Vaccine operations Central Provinces 1900-1911 - 1900-1911
Year: 1900
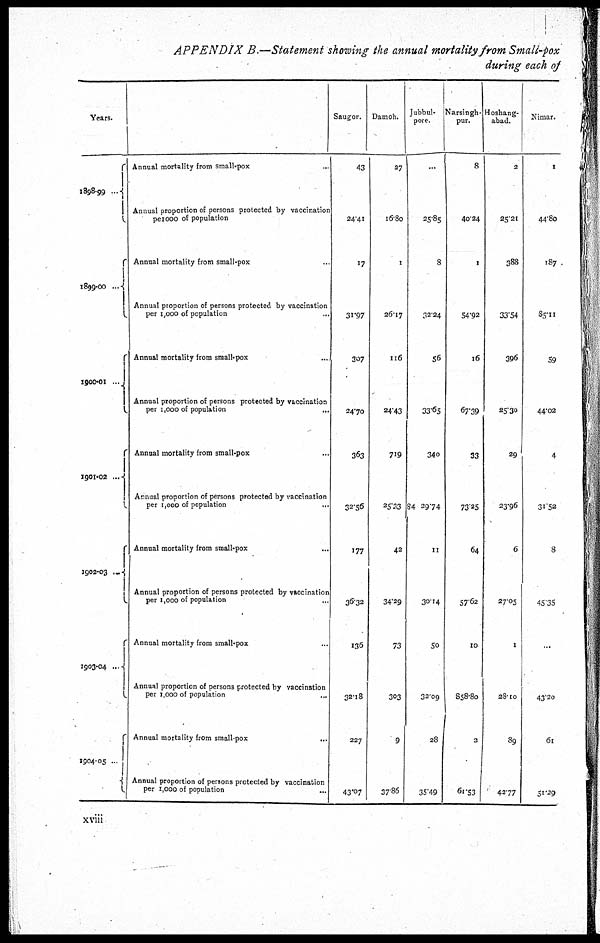
APPENDIX B.—Statement showing the annual mortality from Small-pox
during each of
Years.
1898-99...
1899-00...
1900-01 ...
1901-02...
1902-03...
1903-04...
1904-05...
Annual mortality from small-pox
Annual proportion of persons protected by vaccination
pe l000 of population
Annual mortality from small-pox
Annual proportion of persons protected by vaccination
per 1,000 of population...
Annual mortality from small-pox...
Annual proportion of persons protected by vaccination
per 1,000 of population
...
Annual mortality from small-pox...
Annual proportion of persons protected by vaccination
per 1,000 of population
...
Annual mortality from small-pox...
Annual proportion of persons protected by vaccination
per 1,000 of population...
Annual mortality from small-pox...
Annual proportion of persons protected by vaccination
per 1,000 of population...
Annual mortality from small-pox...
Annual proportion of persons protected by vaccination
per 1,000 of
population...
Saugor.
43
24.41
17
31.97
307
24.70
363
32.56
177
36.32
136
32.18
227
43.07
Damoh.
27
16.80
1
26.17
116
24.43
719
25.33
42
34.29
73
303
9
37.86
Jubbul-
pore.
...
28.85
8
32.24
56
33.65
340
84 29.74
11
30.14
50
32.09
28
35.49
Narsingh-
pur.
8
40.24
1
54.92
16
67.39
33
73.25
64
57.62
10
858.80
2
61.53
Hoshang-
abad.
2
25.21
388
33.54
396
25.30
29
23.96
6
27.05
1
28.10
89
42.77
Nimar.
1
44.80
187
85.11
59
44.02
4
31.52
8
45.35
...
43.20
61
51.29
xviii